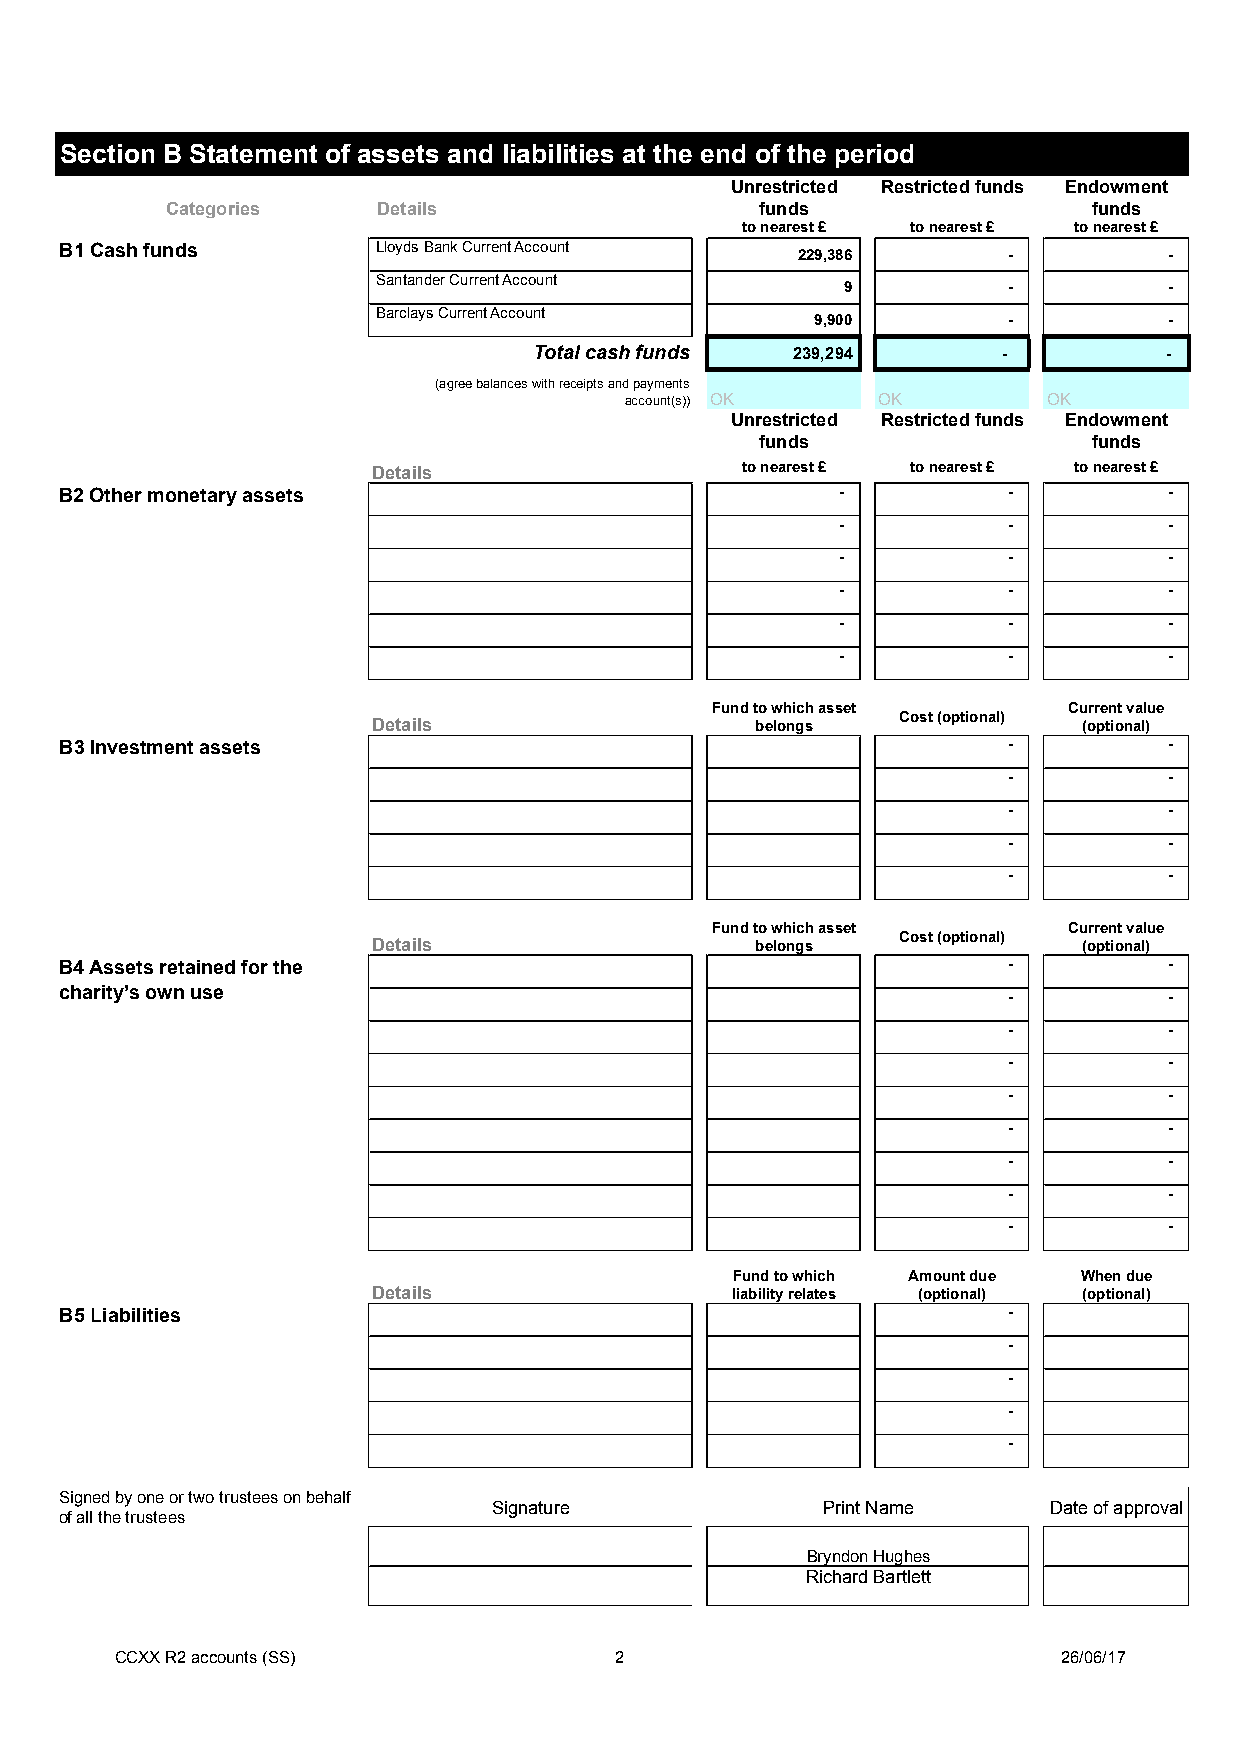
Section B Statement of assets and liabilities at the end of the period
 Unrestricted Restricted funds Endowment
 Categories    Details                  funds                 funds
 to nearest £ to nearest £ to nearest £
 B1 Cash funds        Lloyds Bank Current Account 229,386       -         -
 Santander Current Account
 9          -         -
 Barclays Current Account
 9,900        -         -
 Total cash funds 239,294       -          -
 (agree balances with receipts and payments
 account(s)) OK   OK         OK
 Unrestricted Restricted funds Endowment
 funds                 funds
 Details                 to nearest £ to nearest £ to nearest £
 B2 Other monetary assets                            -          -         -
 -          -         -
 -          -         -
 -          -         -
 -          -         -
 -          -         -
 Fund to which asset     Current value
 Cost (optional)
 Details                  belongs               (optional)
 B3 Investment assets                                           -         -
 -         -
 -         -
 -         -
 -         -
 Fund to which asset     Current value
 Cost (optional)
 Details                  belongs               (optional)
 B4 Assets retained for the                                     -         -
 charity’s own use
 -         -
 -         -
 -         -
 -         -
 -         -
 -         -
 -         -
 -         -
 Fund to which Amount due When due
 Details                liability relates (optional) (optional)
 B5 Liabilities                                                 -
 -
 -
 -
 -
 Signed by one or two trustees on behalf
 Signature            Print Name     Date of approval
 of all the trustees
 Bryndon Hughes
 Richard Bartlett
 CCXX R2 accounts (SS)            2                            26/06/17